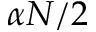
\alpha N / 2